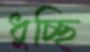
ধুচ্ছি